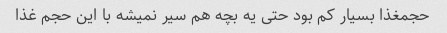
حجمغذا بسیار کم بود حتی یه بچه هم سیر نمیشه با این حجم غذا